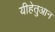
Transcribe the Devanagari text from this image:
यीहेतुआन